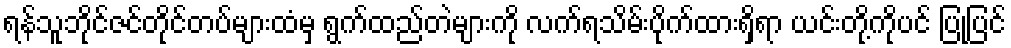
ရန်သူဘိုင်ဇင်တိုင်တပ်များထံမှ ရွက်ထည်တဲများကို လက်ရသိမ်းပိုက်ထားရှိရာ ယင်းတို့ကိုပင် ပြုပြင်